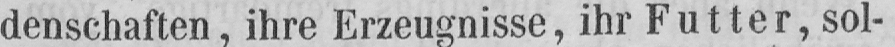
denschaften, ihre Erzeugnisse, ihr Futter, sol-